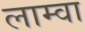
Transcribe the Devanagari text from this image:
लाम्वा